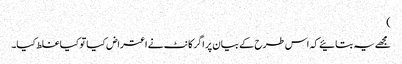
)
مجھے یہ بتائیے کہ اس طرح کے بیان پر اگر کانٹ نے اعتراض کیا تو کیا غلط کیا۔